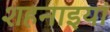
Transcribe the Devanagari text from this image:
शहनाइयां